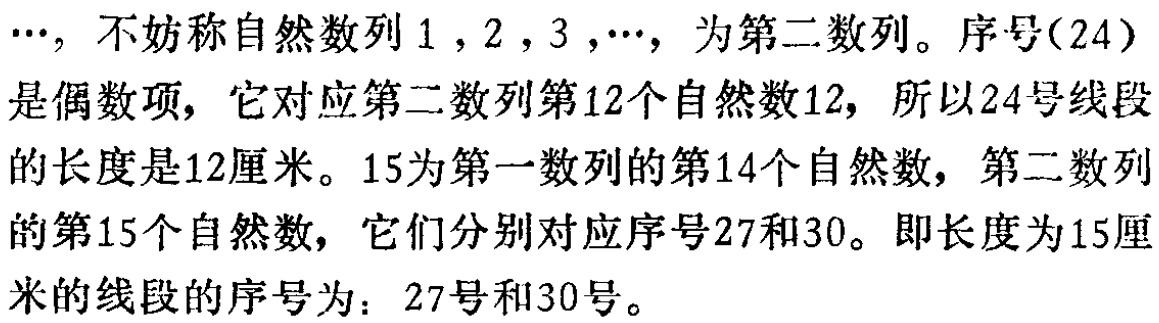
$\cdots$，不妨称自然数列$1,2,3,\cdots$，为第二数列。序号(24)是偶数项，它对应第二数列第12个自然数12，所以24号线段的长度是12厘米。15为第一数列的第14个自然数，第二数列的第15个自然数，它们分别对应序号27和30。即长度为15厘米的线段的序号为：27号和30号。